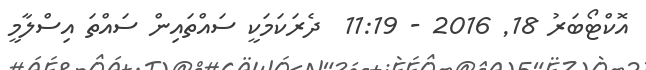
އޮކްޓޯބަރު 18